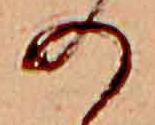
の